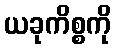
ယခုကိစ္စကို